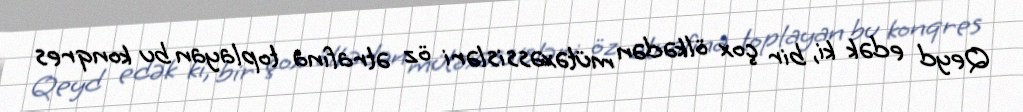
Qeyd edək ki, bir çox ölkədən mütəxəssisləri öz ətrafına toplayan bu konqres